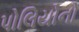
પોલિયોનો